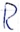
Text: R